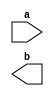
`timescale 1ns / 1ps
//////////////////////////////////////////////////////////////////////////////////
// Company: 
// Engineer: 
// 
// Design Name: 
// Module Name: NN_FPGA
// Project Name: 
// Target Devices: 
// Tool Versions: 
// Description: 
// 
// Dependencies: 
// 
// Revision:
// Revision 0.01 - File Created
// Additional Comments:
// 
//////////////////////////////////////////////////////////////////////////////////


module NN_FPGA(
    input a,
    output reg b
    );
   
endmodule